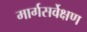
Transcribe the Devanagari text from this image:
मार्गसर्वेक्षण